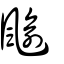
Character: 䬔